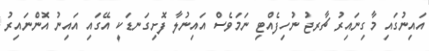
އައިނުގައި މާގިނައިރު ޗާރޖު ނުހިފެއްޓި ނަމަވެސް އައިނުލާ ފޮށިގަނޑަކީ އޭގައި އައިނު އޮންނައިރު